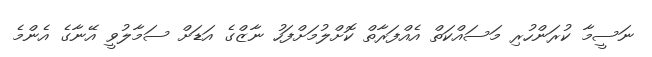
ނަސީމާ ކުރަންހުރި މަސައްކަތް އެއްފަރާތް ކޮށްލުމަށްފަހު ނާޒްގެ އަޑަށް ސަމާލުވީ އޭނާގެ އެންމެ